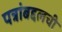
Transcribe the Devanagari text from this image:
पत्रांबद्दलची